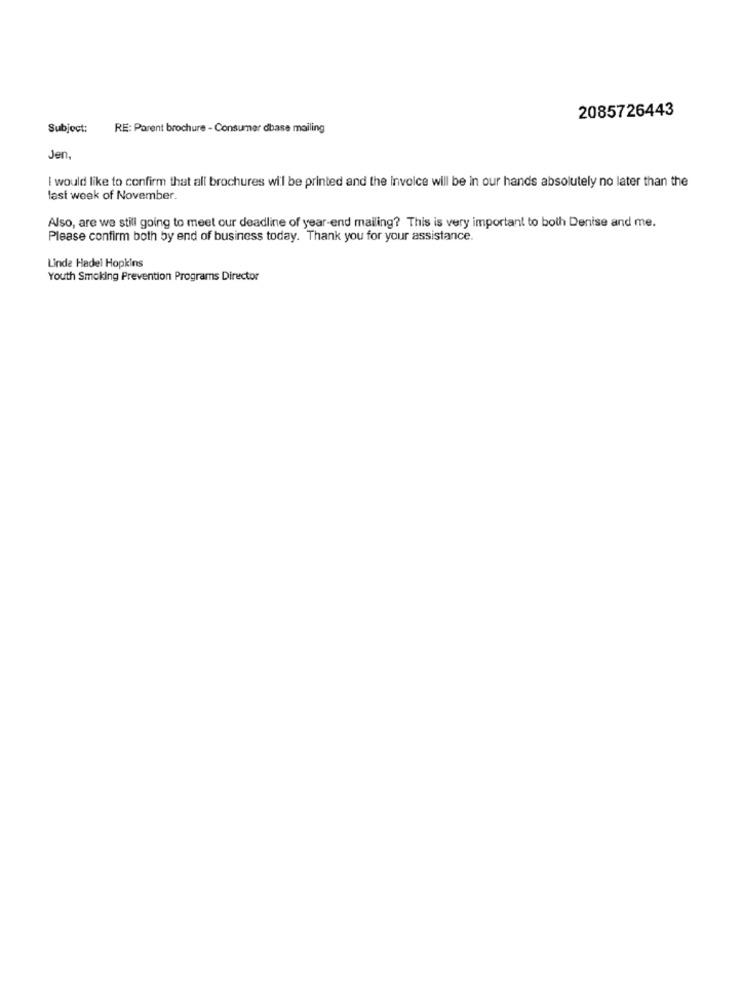
2085726443
Subject:
RE: Parent brochure - Consumer dbase mailing
Jen
I would like to confirm that all brochures will be printed and the invoice will be in our hands absolutely no later than the
last week of November.
Also, are we still going to meet our deadline of year-end mailing? This is very important to both Denise and me.
Please confirm both by end of business today. Thank you for your assistance.
Linde Hadel Hopkins
Youth Smoking Prevention Programs Director